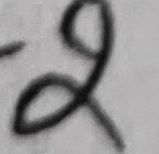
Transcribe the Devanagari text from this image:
२